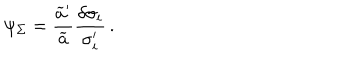
\psi _ { \Sigma } = { \frac { \widetilde { a } ^ { \prime } } { \widetilde { a } } } { \frac { \delta \sigma _ { i } } { \sigma _ { i } ^ { \prime } } } \, .